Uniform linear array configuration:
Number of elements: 32
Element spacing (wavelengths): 0.75
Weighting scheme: uniform
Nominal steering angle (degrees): -60
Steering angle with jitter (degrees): -58.7
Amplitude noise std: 0.05
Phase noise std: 0.05

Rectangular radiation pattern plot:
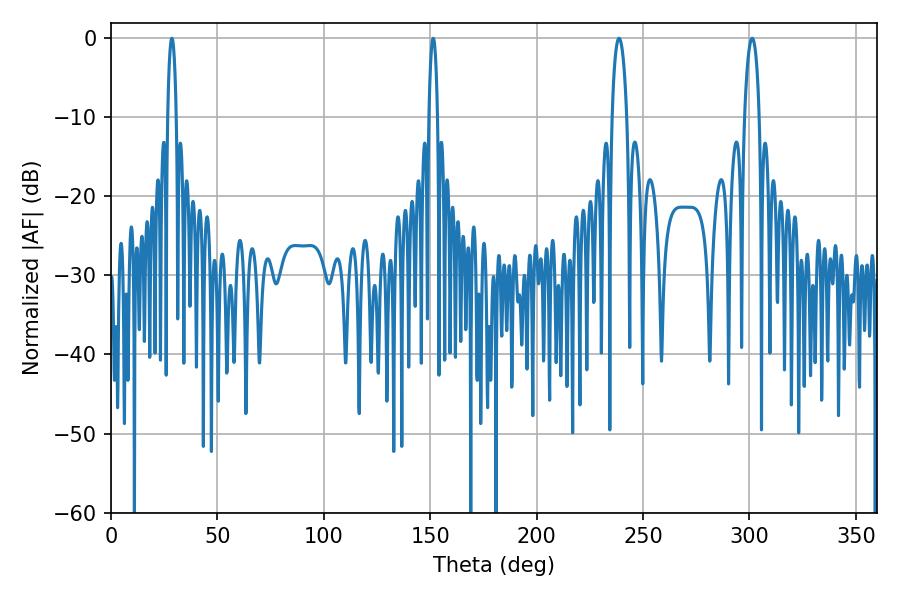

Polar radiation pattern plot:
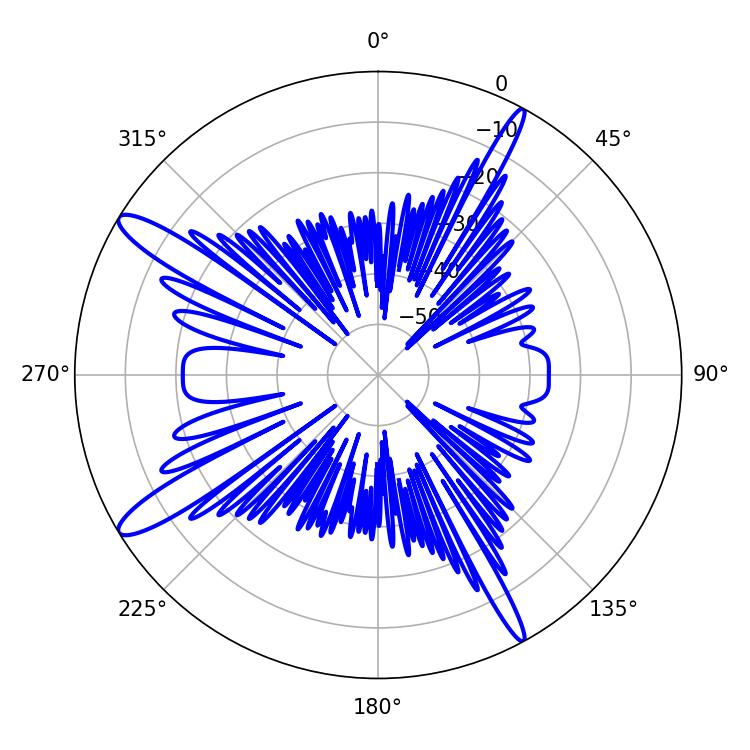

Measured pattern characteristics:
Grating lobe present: TRUE
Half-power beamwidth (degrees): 2.16
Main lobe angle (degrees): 28.62